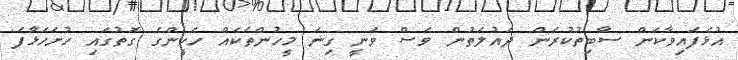
އުޅެފައިވާކަން ސާބިތުކުރަން ދައުލަތުން ވެސް ވަނީ ގިނަ މީހުންތަކެއް ހެކީންގެ ގޮތުގައި ހުށަހަޅާފަ